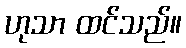
ဟုသာ ထင်သည်။